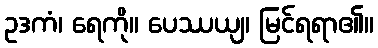
ဥဒကံ၊ ရေကို။ ပေဿယျ၊ မြင်ရရာ၏။